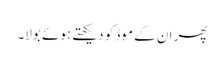
پھر ان کے موڈ کو دیکھتے ہوئے بولا۔